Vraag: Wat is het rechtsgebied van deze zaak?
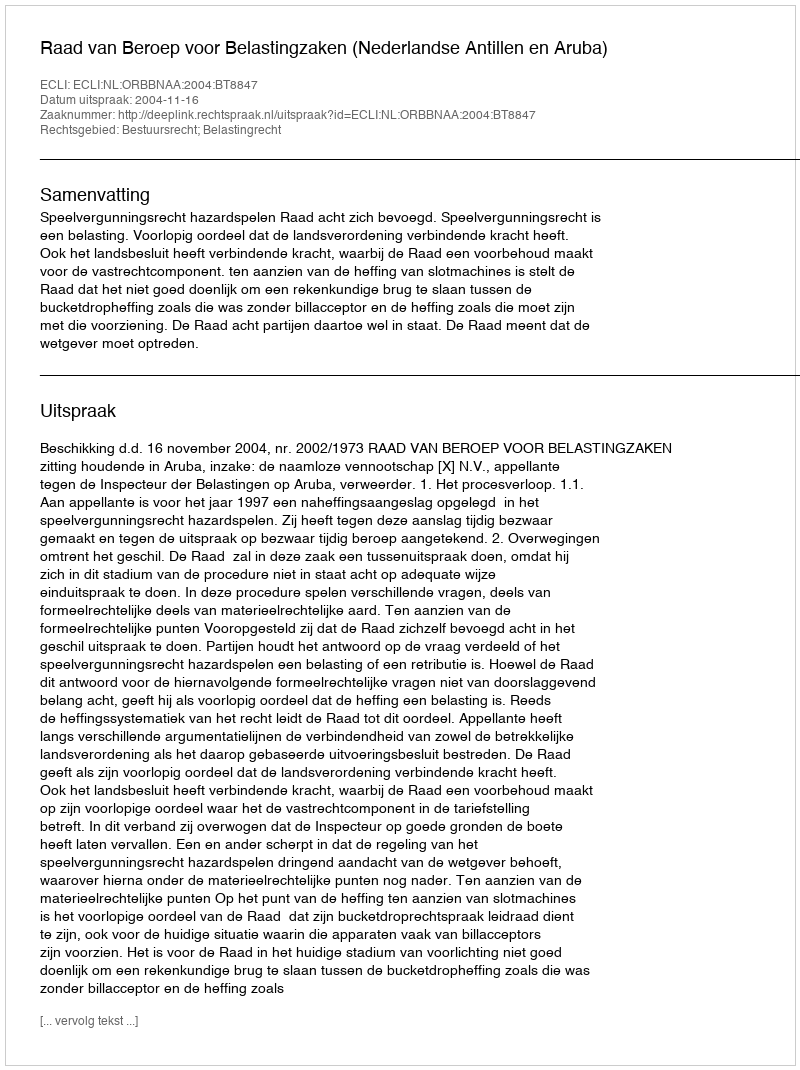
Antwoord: Bestuursrecht; Belastingrecht